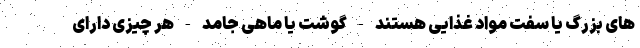
های بزرگ یا سفت مواد غذایی هستند - گوشت یا ماهی جامد - هر چیزی دارای